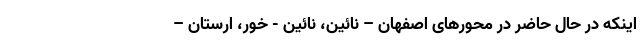
اینکه در حال حاضر در محورهای اصفهان – نائین، نائین - خور، ارستان –